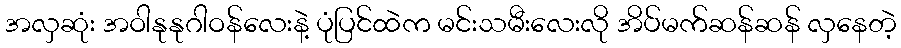
အလှဆုံး အဝါနုနုဂါဝန်လေးနဲ့ ပုံပြင်ထဲက မင်းသမီးလေးလို အိပ်မက်ဆန်ဆန် လှနေတဲ့